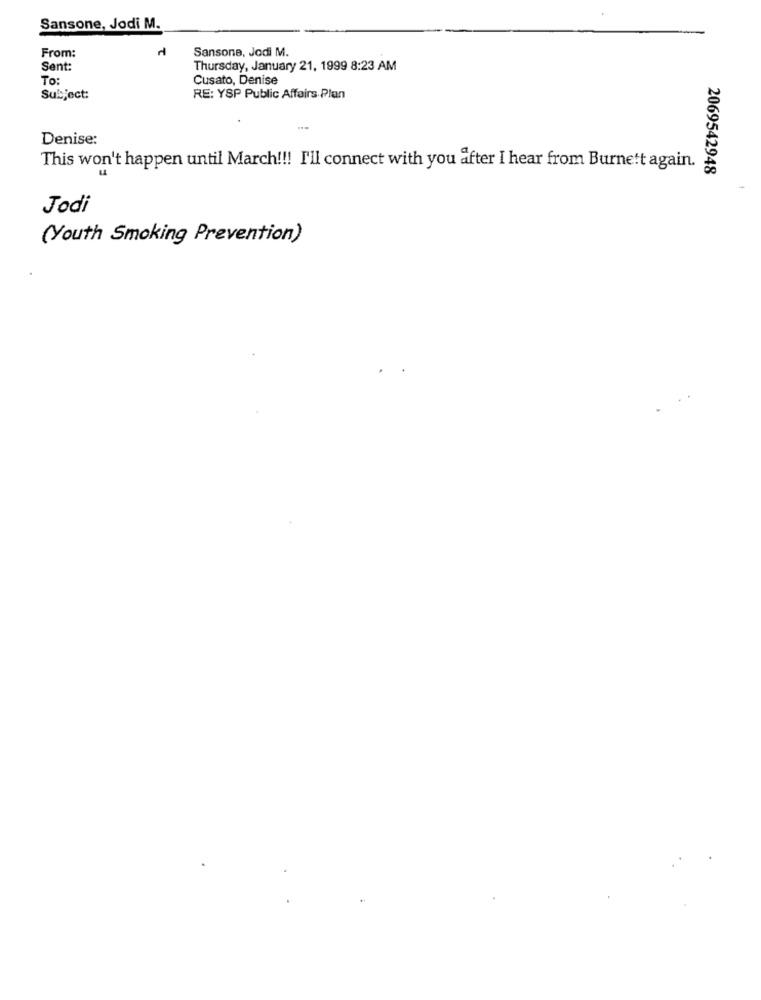
Sansone, Jodi M.
From:
Sansone, Jodi M.
Sent:
Thursday, January 21, 1999 8:23 AM
To:
Cusato, Denise
Subject:
RE: YSP Public Affairs Plan
Denise:
This won't happen until March !!! I'll connect with you after I hear from Burnett again.
2069542948
Jodi
(Youth Smoking Prevention)